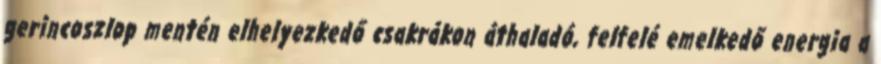
gerincoszlop mentén elhelyezkedő csakrákon áthaladó, felfelé emelkedő energia a